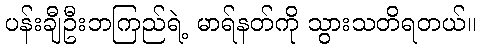
ပန်းချီဦးဘကြည်ရဲ့ မာရ်နတ်ကို သွားသတိရတယ်။